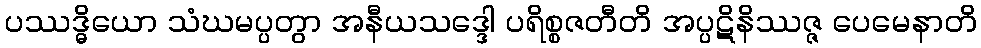
ပဿဒ္ဓိယော သံဃမပ္ပတွာ အနီယသဒ္ဒေါ ပရိစ္စဇတီတိ အပ္ပဋိနိဿဇ္ဇ ပေမေနာတိ